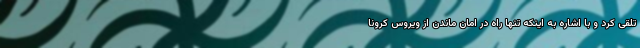
تلقی کرد و با اشاره به اینکه تنها راه در امان ماندن از ویروس کرونا